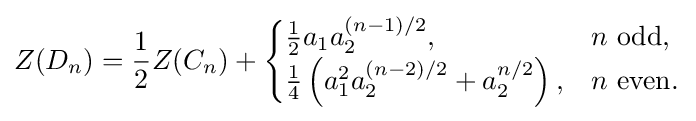
Z(D_{n})={\frac {1}{2}}Z(C_{n})+{\begin{cases}{\frac {1}{2}}a_{1}a_{2}^{(n-1)/2},&n{\mbox{ odd, }}\\{\frac {1}{4}}\left(a_{1}^{2}a_{2}^{(n-2)/2}+a_{2}^{n/2}\right),&n{\mbox{ even.}}\end{cases}}